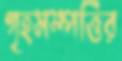
গৃহসম্পত্তির